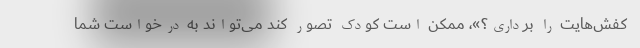
کفش‌هایت را برداری؟»، ممکن است کودک تصور کند می‌تواند به درخواست شما